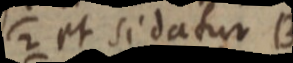
2 et si datur B